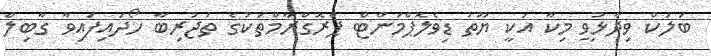
ބަލަކް ވިދާޅުވީ މިކާ އަކީ ޔޫތު ޑިވެލޮޕްމަންޓް ޕްރޮގްރާމްތަކުގެ ތަޖުރިބާ ހޯދައިފައިވާ ގާބިލް